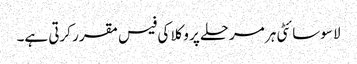
لا سوسائٹی ہر مرحلے پر وکلا کی فیس مقرر کرتی ہے۔